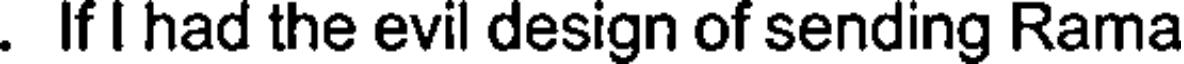
. If I had the evil design of sending Rama